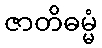
ဇာတိဓမ္မံ